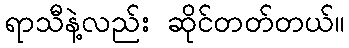
ရာသီနဲ့လည်း ဆိုင်တတ်တယ်။